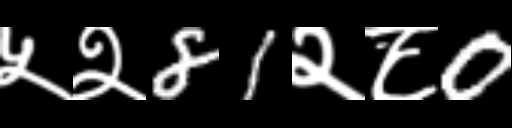
Text: ५२81२८0